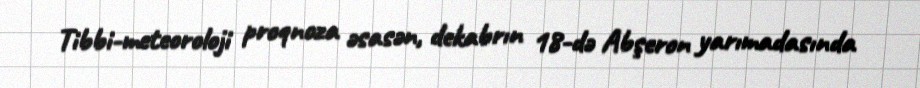
Tibbi-meteoroloji proqnoza əsasən, dekabrın 18-də Abşeron yarımadasında